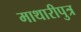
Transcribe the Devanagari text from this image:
माथारीपुत्र